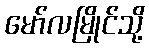
မော်လမြိုင်သို့